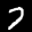
Label: 7